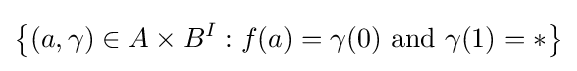
\left\{(a,\gamma )\in A\times B^{I}:f(a)=\gamma (0){\text{ and }}\gamma (1)=*\right\}